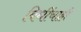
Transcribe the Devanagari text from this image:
विधींचाही